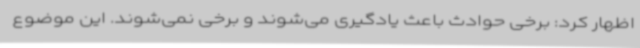
اظهار کرد: برخی‌ حوادث باعث یادگیری می‌شوند و برخی نمی‌شوند. این موضوع